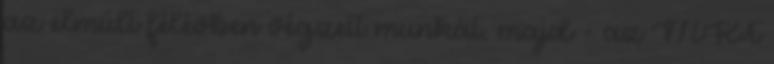
az elmúlt félévben végzett munkát, majd - az MKT